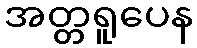
အတ္တရူပေန